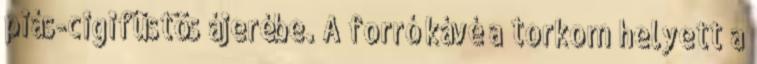
piás-cigifüstös ájerébe. A forró kávé a torkom helyett a